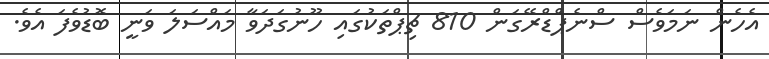
އެހެން ނަމަވެސް ސްނެޕްޑްރޭގަން 810 ޗިޕްތަކުގައި ހޫނުގަދަވާ މައްސަލަ ވަނީ ބޮޑުވެފަ އެވެ.